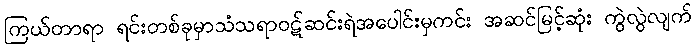
ကြယ်တာရာ ရင်းတစ်ခုမှာသံသရာဝဋ်ဆင်းရဲအပေါင်းမှကင်း အဆင်မြင့်ဆုံး ကွဲလွဲလျက်